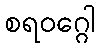
စရဝဂ္ဂေါ